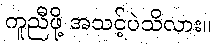
ကူညီဖို့ အသင့်ပဲသိလား။